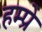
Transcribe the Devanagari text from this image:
हम्प्रे